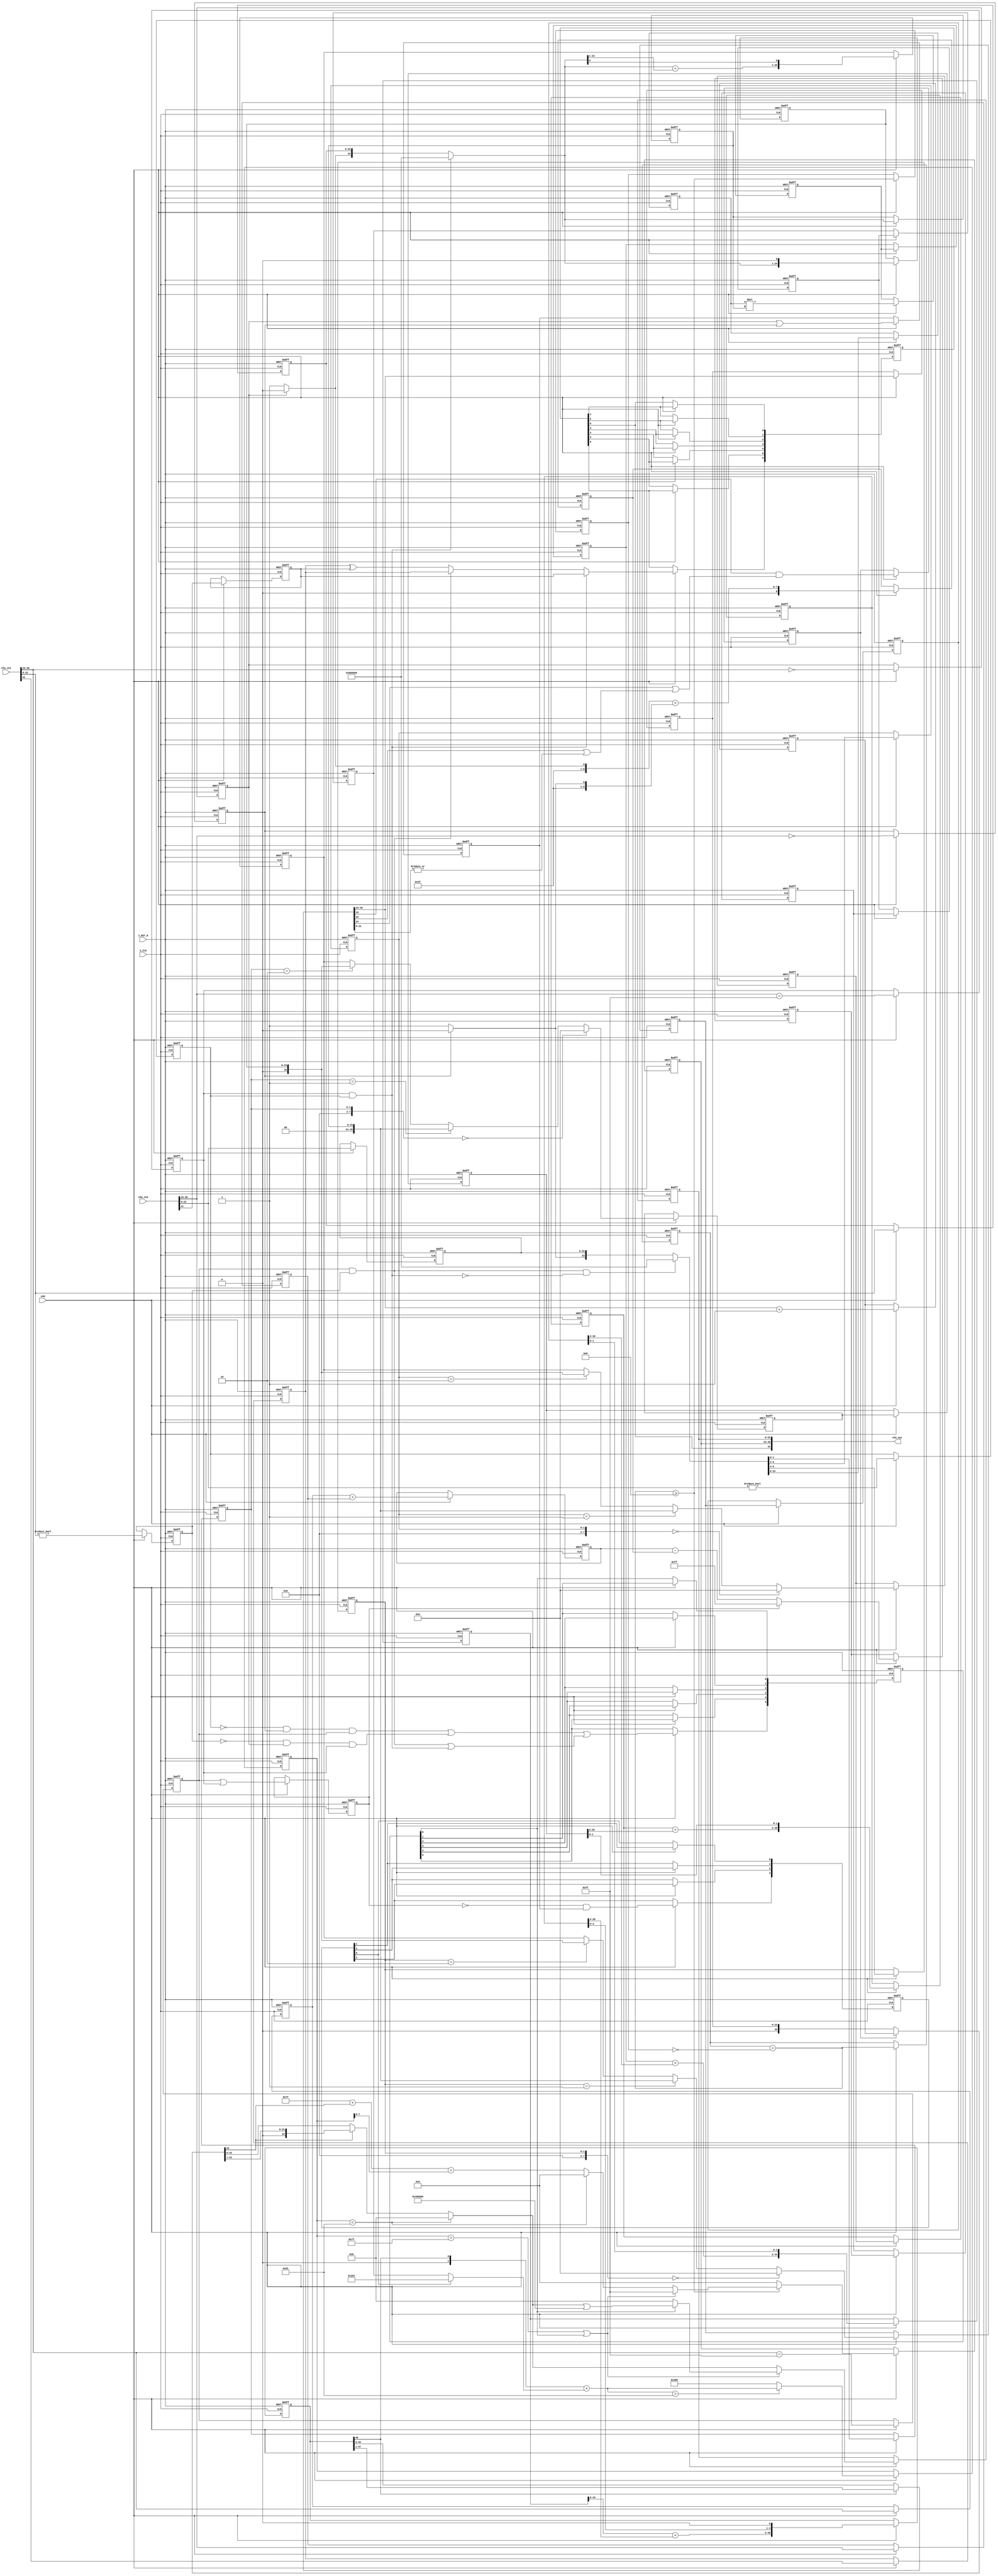
// -------------------------------------------------------------
// 
// 
// Generated by MATLAB 9.12 and HDL Coder 3.20
// 
// -------------------------------------------------------------


// -------------------------------------------------------------
// 
// Module: nfp_mul_single
// Source Path: Fload/CALC_MAGNITUDE_AND_PHASE_FLOAT_POINT/nfp_mul_single
// Hierarchy Level: 1
// 
// {Latency Strategy = "Max", Denormal Handling = "off"}
// {Mantissa Multiply Strategy = "PartMultiplierPartAddShift"}
// {Part Add Shift Multiplier Size = "18x24"}
// 
// -------------------------------------------------------------

`timescale 1 ns / 1 ns

module nfp_mul_single
          (I_CLK,
           I_RST_N,
           enb,
           nfp_in1,
           nfp_in2,
           nfp_out);


  input   I_CLK;
  input   I_RST_N;
  input   enb;
  input   [31:0] nfp_in1;  // ufix32
  input   [31:0] nfp_in2;  // ufix32
  output  [31:0] nfp_out;  // ufix32


  wire BS;  // ufix1
  wire [7:0] BE;  // ufix8
  wire [22:0] BM;  // ufix23
  wire Compare_To_Constant1_out1;
  reg  Delay16_out1;
  wire Compare_To_Zero3_out1;
  reg  Delay14_out1;
  wire Logical_Operator1_out1;
  wire AS;  // ufix1
  wire [7:0] AE;  // ufix8
  wire [22:0] AM;  // ufix23
  wire Compare_To_Constant_out1;
  reg  Delay21_out1;
  wire Compare_To_Zero2_out1;
  reg  Delay19_out1;
  wire Logical_Operator_out1;
  reg  Delay3_out1;
  reg  Delay7_out1;
  wire Logical_Operator_out1_1;
  wire Switch_out1;
  wire Switch1_out1;
  reg  [0:6] Delay_reg;  // ufix1 [7]
  wire [0:6] Delay_reg_next;  // ufix1 [7]
  wire Delay_out1;
  wire Constant8_out1;  // ufix1
  wire [7:0] Constant7_out1;  // uint8
  wire Relational_Operator_relop1;
  reg  Delay4_out1;
  wire Logical_Operator2_out1;
  wire Logical_Operator_out1_2;  // ufix1
  wire [7:0] Add_out1;  // uint8
  reg [7:0] Delay3_out1_1;  // uint8
  wire [7:0] Add_1;  // ufix8
  wire [7:0] Constant6_out1;  // uint8
  wire Logical_Operator3_out1;
  wire Compare_To_Zero1_out1;
  reg  Delay20_out1;
  wire Constant3_out1;  // ufix1
  wire Constant2_out1;  // ufix1
  wire Switch2_out1;  // ufix1
  wire Logical_Operator_out1_3;
  reg [22:0] Delay8_out1;  // ufix23
  wire [23:0] Bit_Concat1_out1;  // ufix24
  wire [23:0] Constant4_out1;  // ufix24
  wire [23:0] Switch3_out1;  // ufix24
  wire [17:0] BitSlice9_out1;  // ufix18
  reg [17:0] Delay24_out1;  // ufix18
  wire Compare_To_Zero_out1;
  reg  Delay23_out1;
  wire Constant1_out1;  // ufix1
  wire Constant_out1;  // ufix1
  wire Switch1_out1_1;  // ufix1
  reg [22:0] Delay6_out1;  // ufix23
  wire [23:0] Bit_Concat_out1;  // ufix24
  wire [23:0] Constant5_out1;  // ufix24
  wire [23:0] Switch_out1_1;  // ufix24
  reg [23:0] M_to_1_M_out1;  // ufix24
  wire [41:0] Product_out1;  // ufix42
  reg [41:0] Delay8_reg [0:1];  // ufix42 [2]
  wire [41:0] Delay8_reg_next [0:1];  // ufix42 [2]
  wire [41:0] Delay8_out1_1;  // ufix42
  wire [1:0] BitSlice5_out1;  // ufix2
  reg [1:0] Delay14_out1_1;  // ufix2
  wire [7:0] DTC6_out1;  // uint8
  wire [25:0] C1_out1;  // ufix26
  wire Constant1_out1_1;
  wire [24:0] Bit_Concat2_out1;  // ufix25
  wire [25:0] DTC6_out1_1;  // ufix26
  reg [24:0] Delay2_out1;  // ufix25
  wire [25:0] DTC4_out1;  // ufix26
  wire [22:0] Bit_Slice_out1;  // ufix23
  wire [31:0] Sum1_add_temp;  // ufix32
  wire [31:0] Sum1_1;  // ufix32
  wire [31:0] Sum1_2;  // ufix32
  wire [24:0] Sum1_out1;  // ufix25
  wire Bit_Slice1_out1;  // ufix1
  wire [25:0] Bit_Concat1_out1_1;  // ufix26
  reg [25:0] Delay3_out1_2;  // ufix26
  wire [25:0] LUT4_out1 [0:3];  // ufix26 [4]
  wire [25:0] Selector5_out1;  // ufix26
  reg [25:0] Delay6_reg [0:1];  // ufix26 [2]
  wire [25:0] Delay6_reg_next [0:1];  // ufix26 [2]
  wire [25:0] Delay6_out1_1;  // ufix26
  wire [23:0] Bit_Slice3_out1;  // ufix24
  wire [42:0] Sum2_1;  // ufix43
  wire [42:0] Sum2_2;  // ufix43
  wire [42:0] Sum2_out1;  // ufix43
  wire [1:0] Bit_Slice4_out1;  // ufix2
  wire [44:0] Bit_Concat4_out1;  // ufix45
  reg [44:0] Delay4_out1_1;  // ufix45
  wire [1:0] BitSlice4_out1;  // ufix2
  reg [1:0] Delay13_out1;  // ufix2
  wire [7:0] DTC7_out1;  // uint8
  wire [25:0] Selector4_out1;  // ufix26
  reg [25:0] Delay5_reg [0:1];  // ufix26 [2]
  wire [25:0] Delay5_reg_next [0:1];  // ufix26 [2]
  wire [25:0] Delay5_out1;  // ufix26
  wire [1:0] BitSlice1_out1;  // ufix2
  reg [1:0] Delay12_out1;  // ufix2
  wire [7:0] DTC8_out1;  // uint8
  wire [25:0] Selector3_out1;  // ufix26
  reg [25:0] Delay3_reg [0:1];  // ufix26 [2]
  wire [25:0] Delay3_reg_next [0:1];  // ufix26 [2]
  wire [25:0] Delay3_out1_3;  // ufix26
  wire [23:0] Bit_Slice1_out1_1;  // ufix24
  wire [31:0] Sum31_add_temp;  // ufix32
  wire [31:0] Sum31_1;  // ufix32
  wire [31:0] Sum31_2;  // ufix32
  wire [26:0] Sum31_out1;  // ufix27
  wire [1:0] Bit_Slice2_out1;  // ufix2
  wire [28:0] Bit_Concat3_out1;  // ufix29
  reg [28:0] Delay19_out1_1;  // ufix29
  wire [24:0] Bit_Slice5_out1;  // ufix25
  wire [45:0] FinalSum1_1;  // ufix46
  wire [45:0] FinalSum1_2;  // ufix46
  wire [45:0] FinalSum1_out1;  // ufix46
  wire [3:0] Bit_Slice6_out1;  // ufix4
  wire [49:0] Bit_Concat1_out1_2;  // ufix50
  wire [47:0] Data_Type_Conversion_out1;  // ufix48
  wire Constant1_out1_2;
  wire [48:0] Bit_Concat_out1_1;  // ufix49
  reg [48:0] Delay3_out1_4;  // ufix49
  wire Bit_Slice1_out1_2;  // ufix1
  wire Logical_Operator1_out1_1;
  reg  Delay3_out1_5;
  wire Logical_Operator3_out1_1;
  wire Logical_Operator_out1_4;
  reg  Delay1_out1;
  wire Logical_Operator2_out1_1;
  reg  [0:3] Delay8_reg_1;  // ufix1 [4]
  wire [0:3] Delay8_reg_next_1;  // ufix1 [4]
  wire Delay8_out1_2;
  reg [7:0] Delay4_out1_2;  // uint8
  reg [7:0] Delay5_out1_1;  // uint8
  wire [31:0] Subtract_add_temp;  // ufix32
  wire [31:0] Subtract_1;  // ufix32
  wire [31:0] Subtract_2;  // ufix32
  wire [8:0] Subtract_out1;  // ufix9
  reg [8:0] Delay_out1_1;  // ufix9
  wire [6:0] Constant2_out1_1;  // ufix7
  wire Constant1_out1_3;
  wire Constant3_out1_1;
  wire Switch_out1_2;
  wire [7:0] Bit_Concat1_out1_3;  // uint8
  wire Switch1_out1_2;
  wire [7:0] Bit_Concat_out1_2;  // uint8
  wire [31:0] Add1_add_temp;  // ufix32
  wire [31:0] Add1_1;  // ufix32
  wire [31:0] Add1_2;  // ufix32
  wire [8:0] Add1_out1;  // ufix9
  reg [8:0] Delay2_out1_1;  // ufix9
  wire signed [31:0] Subtract2_sub_temp;  // sfix32
  wire signed [31:0] Subtract2_1;  // sfix32
  wire signed [31:0] Subtract2_2;  // sfix32
  wire signed [9:0] Subtract2_out1;  // sfix10
  wire signed [9:0] Constant4_out1_1;  // sfix10
  wire signed [9:0] Switch2_out1_1;  // sfix10
  reg signed [9:0] Delay4_reg [0:3];  // sfix10 [4]
  wire signed [9:0] Delay4_reg_next [0:3];  // sfix10 [4]
  wire signed [9:0] Delay4_out1_3;  // sfix10
  wire signed [9:0] Constant_out1_1;  // sfix10
  wire signed [9:0] Switch1_out1_3;  // sfix10
  wire signed [31:0] Add_add_temp;  // sfix32
  wire signed [31:0] Add_3;  // sfix32
  wire signed [31:0] Add_4;  // sfix32
  wire signed [9:0] Add_out1_1;  // sfix10
  wire Compare_To_Constant_out1_1;
  wire signed [9:0] Constant1_out1_4;  // sfix10
  wire signed [9:0] Switch2_out1_2;  // sfix10
  reg signed [9:0] Delay18_out1;  // sfix10
  wire Compare_To_Constant1_out1_1;
  wire Logical_Operator1_out1_2;
  wire Logical_Operator4_out1;
  wire Logical_Operator7_out1;
  wire Logical_Operator5_out1;
  wire Logical_Operator6_out1;
  wire Logical_Operator8_out1;
  wire Inf_Zero_out1;
  wire Logical_Operator2_out1_2;
  wire Logical_Operator10_out1;
  reg  [0:5] Delay13_reg;  // ufix1 [6]
  wire [0:5] Delay13_reg_next;  // ufix1 [6]
  wire Delay13_out1_1;
  wire Logical_Operator_out1_5;
  wire Compare_To_Constant_out1_2;
  wire [7:0] Constant1_out1_5;  // uint8
  wire [48:0] Bit_Shift_out1;  // ufix49
  wire [48:0] Switch_out1_3;  // ufix49
  wire [47:0] Bit_Slice_out1_1;  // ufix48
  wire [1:0] Bit_Slice2_out1_1;  // ufix2
  wire Bit_Slice4_out1_1;  // ufix1
  wire [21:0] Bit_Slice1_out1_3;  // ufix22
  wire Bit_Reduce_out1;  // ufix1
  wire Bit_Slice5_out1_1;  // ufix1
  wire Bit_Slice3_out1_1;  // ufix1
  wire Logical_Operator1_out1_3;
  wire Logical_Operator_out1_6;
  wire [22:0] Bit_Slice1_out1_4;  // ufix23
  reg  Delay1_out1_1;
  reg [22:0] Delay2_out1_2;  // ufix23
  wire [23:0] Delay2_out1_dtc;  // ufix24
  wire Constant_out1_2;
  wire [31:0] Add_add_temp_1;  // ufix32
  wire [31:0] Add_6;  // ufix32
  wire [31:0] Add_7;  // ufix32
  wire [23:0] Add_out1_2;  // ufix24
  reg [23:0] Delay_out1_2;  // ufix24
  wire [23:0] Switch_out1_4;  // ufix24
  wire Bit_Slice2_out1_2;  // ufix1
  wire [31:0] Add1_add_temp_1;  // ufix32
  wire [31:0] Add1_4;  // ufix32
  wire [31:0] Add1_5;  // ufix32
  wire [7:0] Add1_out1_1;  // uint8
  wire signed [31:0] Add_add_temp_2;  // sfix32
  wire signed [31:0] Add_9;  // sfix32
  wire signed [31:0] Add_10;  // sfix32
  wire [7:0] Add_out1_3;  // uint8
  wire [7:0] Constant1_out1_6;  // uint8
  wire [7:0] Switch1_out1_4;  // uint8
  wire [7:0] Constant4_out1_2;  // uint8
  wire [7:0] Switch4_out1;  // uint8
  wire [7:0] Switch6_out1;  // uint8
  reg [7:0] Delay1_out1_2;  // uint8
  wire [22:0] Bit_Slice4_out1_2;  // ufix23
  wire [22:0] Bit_Shift_out1_1;  // ufix23
  wire [22:0] Switch1_out1_5;  // ufix23
  wire [22:0] Constant2_out1_2;  // ufix23
  wire [22:0] Switch2_out1_3;  // ufix23
  wire [22:0] Constant5_out1_1;  // ufix23
  wire [22:0] Bit_Set_out1;  // ufix23
  wire [22:0] Switch7_out1;  // ufix23
  wire [22:0] Switch5_out1;  // ufix23
  reg [22:0] Delay2_out1_3;  // ufix23
  wire [31:0] nfp_out_pack;  // ufix32


  // Split 32 bit word into FP sign, exponent, mantissa
  assign BS = nfp_in2[31];
  assign BE = nfp_in2[30:23];
  assign BM = nfp_in2[22:0];



  assign Compare_To_Constant1_out1 = BE == 8'b11111111;



  always @(posedge I_CLK or negedge I_RST_N)
    begin : Delay16_process
      if (I_RST_N == 1'b0) begin
        Delay16_out1 <= 1'b0;
      end
      else begin
        if (enb) begin
          Delay16_out1 <= Compare_To_Constant1_out1;
        end
      end
    end



  assign Compare_To_Zero3_out1 = BM != 23'b00000000000000000000000;



  always @(posedge I_CLK or negedge I_RST_N)
    begin : Delay14_process
      if (I_RST_N == 1'b0) begin
        Delay14_out1 <= 1'b0;
      end
      else begin
        if (enb) begin
          Delay14_out1 <= Compare_To_Zero3_out1;
        end
      end
    end



  assign Logical_Operator1_out1 = Delay16_out1 & Delay14_out1;



  // Split 32 bit word into FP sign, exponent, mantissa
  assign AS = nfp_in1[31];
  assign AE = nfp_in1[30:23];
  assign AM = nfp_in1[22:0];



  assign Compare_To_Constant_out1 = AE == 8'b11111111;



  always @(posedge I_CLK or negedge I_RST_N)
    begin : Delay21_process
      if (I_RST_N == 1'b0) begin
        Delay21_out1 <= 1'b0;
      end
      else begin
        if (enb) begin
          Delay21_out1 <= Compare_To_Constant_out1;
        end
      end
    end



  assign Compare_To_Zero2_out1 = AM != 23'b00000000000000000000000;



  always @(posedge I_CLK or negedge I_RST_N)
    begin : Delay19_process
      if (I_RST_N == 1'b0) begin
        Delay19_out1 <= 1'b0;
      end
      else begin
        if (enb) begin
          Delay19_out1 <= Compare_To_Zero2_out1;
        end
      end
    end



  assign Logical_Operator_out1 = Delay21_out1 & Delay19_out1;



  always @(posedge I_CLK or negedge I_RST_N)
    begin : Delay3_process
      if (I_RST_N == 1'b0) begin
        Delay3_out1 <= 1'b0;
      end
      else begin
        if (enb) begin
          Delay3_out1 <= AS;
        end
      end
    end



  always @(posedge I_CLK or negedge I_RST_N)
    begin : Delay7_process
      if (I_RST_N == 1'b0) begin
        Delay7_out1 <= 1'b0;
      end
      else begin
        if (enb) begin
          Delay7_out1 <= BS;
        end
      end
    end



  assign Logical_Operator_out1_1 = Delay3_out1 ^ Delay7_out1;



  assign Switch_out1 = (Logical_Operator_out1 == 1'b0 ? Logical_Operator_out1_1 :
              Delay3_out1);



  assign Switch1_out1 = (Logical_Operator1_out1 == 1'b0 ? Switch_out1 :
              Delay7_out1);



  always @(posedge I_CLK or negedge I_RST_N)
    begin : Delay_process
      if (I_RST_N == 1'b0) begin
        Delay_reg[0] <= 1'b0;
        Delay_reg[1] <= 1'b0;
        Delay_reg[2] <= 1'b0;
        Delay_reg[3] <= 1'b0;
        Delay_reg[4] <= 1'b0;
        Delay_reg[5] <= 1'b0;
        Delay_reg[6] <= 1'b0;
      end
      else begin
        if (enb) begin
          Delay_reg[0] <= Delay_reg_next[0];
          Delay_reg[1] <= Delay_reg_next[1];
          Delay_reg[2] <= Delay_reg_next[2];
          Delay_reg[3] <= Delay_reg_next[3];
          Delay_reg[4] <= Delay_reg_next[4];
          Delay_reg[5] <= Delay_reg_next[5];
          Delay_reg[6] <= Delay_reg_next[6];
        end
      end
    end

  assign Delay_out1 = Delay_reg[6];
  assign Delay_reg_next[0] = Switch1_out1;
  assign Delay_reg_next[1] = Delay_reg[0];
  assign Delay_reg_next[2] = Delay_reg[1];
  assign Delay_reg_next[3] = Delay_reg[2];
  assign Delay_reg_next[4] = Delay_reg[3];
  assign Delay_reg_next[5] = Delay_reg[4];
  assign Delay_reg_next[6] = Delay_reg[5];



  assign Constant8_out1 = 1'b1;



  assign Constant7_out1 = 8'b00001000;



  always @(posedge I_CLK or negedge I_RST_N)
    begin : Delay4_process
      if (I_RST_N == 1'b0) begin
        Delay4_out1 <= 1'b0;
      end
      else begin
        if (enb) begin
          Delay4_out1 <= Relational_Operator_relop1;
        end
      end
    end



  assign Logical_Operator2_out1 =  ~ Delay4_out1;



  assign Logical_Operator_out1_2 = Constant8_out1 & Logical_Operator2_out1;



  always @(posedge I_CLK or negedge I_RST_N)
    begin : Delay3_1_process
      if (I_RST_N == 1'b0) begin
        Delay3_out1_1 <= 8'b00000000;
      end
      else begin
        if (enb) begin
          Delay3_out1_1 <= Add_out1;
        end
      end
    end



  assign Add_1 = {7'b0, Logical_Operator_out1_2};
  assign Add_out1 = Delay3_out1_1 + Add_1;



  assign Relational_Operator_relop1 = Add_out1 >= Constant7_out1;



  assign Constant6_out1 = 8'b00000000;



  assign Logical_Operator3_out1 =  ~ Logical_Operator1_out1;



  assign Compare_To_Zero1_out1 = BE == 8'b00000000;



  always @(posedge I_CLK or negedge I_RST_N)
    begin : Delay20_process
      if (I_RST_N == 1'b0) begin
        Delay20_out1 <= 1'b0;
      end
      else begin
        if (enb) begin
          Delay20_out1 <= Compare_To_Zero1_out1;
        end
      end
    end



  assign Constant3_out1 = 1'b1;



  assign Constant2_out1 = 1'b0;



  assign Switch2_out1 = (Delay20_out1 == 1'b0 ? Constant3_out1 :
              Constant2_out1);



  assign Logical_Operator_out1_3 = Logical_Operator_out1 & Logical_Operator3_out1;



  always @(posedge I_CLK or negedge I_RST_N)
    begin : Delay8_process
      if (I_RST_N == 1'b0) begin
        Delay8_out1 <= 23'b00000000000000000000000;
      end
      else begin
        if (enb) begin
          Delay8_out1 <= BM;
        end
      end
    end



  assign Bit_Concat1_out1 = {Switch2_out1, Delay8_out1};



  assign Constant4_out1 = 24'b100000000000000000000000;



  assign Switch3_out1 = (Logical_Operator_out1_3 == 1'b0 ? Bit_Concat1_out1 :
              Constant4_out1);



  assign BitSlice9_out1 = Switch3_out1[23:6];



  always @(posedge I_CLK or negedge I_RST_N)
    begin : Delay24_process
      if (I_RST_N == 1'b0) begin
        Delay24_out1 <= 18'b000000000000000000;
      end
      else begin
        if (enb) begin
          Delay24_out1 <= BitSlice9_out1;
        end
      end
    end



  assign Compare_To_Zero_out1 = AE == 8'b00000000;



  always @(posedge I_CLK or negedge I_RST_N)
    begin : Delay23_process
      if (I_RST_N == 1'b0) begin
        Delay23_out1 <= 1'b0;
      end
      else begin
        if (enb) begin
          Delay23_out1 <= Compare_To_Zero_out1;
        end
      end
    end



  assign Constant1_out1 = 1'b1;



  assign Constant_out1 = 1'b0;



  assign Switch1_out1_1 = (Delay23_out1 == 1'b0 ? Constant1_out1 :
              Constant_out1);



  always @(posedge I_CLK or negedge I_RST_N)
    begin : Delay6_process
      if (I_RST_N == 1'b0) begin
        Delay6_out1 <= 23'b00000000000000000000000;
      end
      else begin
        if (enb) begin
          Delay6_out1 <= AM;
        end
      end
    end



  assign Bit_Concat_out1 = {Switch1_out1_1, Delay6_out1};



  assign Constant5_out1 = 24'b100000000000000000000000;



  assign Switch_out1_1 = (Logical_Operator1_out1 == 1'b0 ? Bit_Concat_out1 :
              Constant5_out1);



  always @(posedge I_CLK or negedge I_RST_N)
    begin : reduced_process
      if (I_RST_N == 1'b0) begin
        M_to_1_M_out1 <= 24'b000000000000000000000000;
      end
      else begin
        if (enb) begin
          M_to_1_M_out1 <= Switch_out1_1;
        end
      end
    end



  assign Product_out1 = Delay24_out1 * M_to_1_M_out1;



  always @(posedge I_CLK or negedge I_RST_N)
    begin : Delay8_1_process
      if (I_RST_N == 1'b0) begin
        Delay8_reg[0] <= 42'h00000000000;
        Delay8_reg[1] <= 42'h00000000000;
      end
      else begin
        if (enb) begin
          Delay8_reg[0] <= Delay8_reg_next[0];
          Delay8_reg[1] <= Delay8_reg_next[1];
        end
      end
    end

  assign Delay8_out1_1 = Delay8_reg[1];
  assign Delay8_reg_next[0] = Product_out1;
  assign Delay8_reg_next[1] = Delay8_reg[0];



  assign BitSlice5_out1 = Switch3_out1[5:4];



  always @(posedge I_CLK or negedge I_RST_N)
    begin : Delay14_1_process
      if (I_RST_N == 1'b0) begin
        Delay14_out1_1 <= 2'b00;
      end
      else begin
        if (enb) begin
          Delay14_out1_1 <= BitSlice5_out1;
        end
      end
    end



  assign DTC6_out1 = {6'b0, Delay14_out1_1};



  assign C1_out1 = 26'b00000000000000000000000000;



  assign Constant1_out1_1 = 1'b0;



  assign Bit_Concat2_out1 = {Switch_out1_1, Constant1_out1_1};



  assign DTC6_out1_1 = {2'b0, M_to_1_M_out1};



  always @(posedge I_CLK or negedge I_RST_N)
    begin : Delay2_process
      if (I_RST_N == 1'b0) begin
        Delay2_out1 <= 25'b0000000000000000000000000;
      end
      else begin
        if (enb) begin
          Delay2_out1 <= Bit_Concat2_out1;
        end
      end
    end



  assign DTC4_out1 = {1'b0, Delay2_out1};



  assign Bit_Slice_out1 = Switch_out1_1[23:1];



  assign Sum1_1 = {8'b0, Switch_out1_1};
  assign Sum1_2 = {9'b0, Bit_Slice_out1};
  assign Sum1_add_temp = Sum1_1 + Sum1_2;
  assign Sum1_out1 = Sum1_add_temp[24:0];



  assign Bit_Slice1_out1 = Switch_out1_1[0];



  assign Bit_Concat1_out1_1 = {Sum1_out1, Bit_Slice1_out1};



  always @(posedge I_CLK or negedge I_RST_N)
    begin : Delay3_2_process
      if (I_RST_N == 1'b0) begin
        Delay3_out1_2 <= 26'b00000000000000000000000000;
      end
      else begin
        if (enb) begin
          Delay3_out1_2 <= Bit_Concat1_out1_1;
        end
      end
    end



  assign LUT4_out1[0] = C1_out1;
  assign LUT4_out1[1] = DTC6_out1_1;
  assign LUT4_out1[2] = DTC4_out1;
  assign LUT4_out1[3] = Delay3_out1_2;

  assign Selector5_out1 = (DTC6_out1 == 8'b00000000 ? LUT4_out1[0] :
              (DTC6_out1 == 8'b00000001 ? LUT4_out1[1] :
              (DTC6_out1 == 8'b00000010 ? LUT4_out1[2] :
              LUT4_out1[3])));



  always @(posedge I_CLK or negedge I_RST_N)
    begin : Delay6_1_process
      if (I_RST_N == 1'b0) begin
        Delay6_reg[0] <= 26'b00000000000000000000000000;
        Delay6_reg[1] <= 26'b00000000000000000000000000;
      end
      else begin
        if (enb) begin
          Delay6_reg[0] <= Delay6_reg_next[0];
          Delay6_reg[1] <= Delay6_reg_next[1];
        end
      end
    end

  assign Delay6_out1_1 = Delay6_reg[1];
  assign Delay6_reg_next[0] = Selector5_out1;
  assign Delay6_reg_next[1] = Delay6_reg[0];



  assign Bit_Slice3_out1 = Delay6_out1_1[25:2];



  assign Sum2_1 = {1'b0, Delay8_out1_1};
  assign Sum2_2 = {19'b0, Bit_Slice3_out1};
  assign Sum2_out1 = Sum2_1 + Sum2_2;



  assign Bit_Slice4_out1 = Delay6_out1_1[1:0];



  assign Bit_Concat4_out1 = {Sum2_out1, Bit_Slice4_out1};



  always @(posedge I_CLK or negedge I_RST_N)
    begin : Delay4_1_process
      if (I_RST_N == 1'b0) begin
        Delay4_out1_1 <= 45'h000000000000;
      end
      else begin
        if (enb) begin
          Delay4_out1_1 <= Bit_Concat4_out1;
        end
      end
    end



  assign BitSlice4_out1 = Switch3_out1[3:2];



  always @(posedge I_CLK or negedge I_RST_N)
    begin : Delay13_process
      if (I_RST_N == 1'b0) begin
        Delay13_out1 <= 2'b00;
      end
      else begin
        if (enb) begin
          Delay13_out1 <= BitSlice4_out1;
        end
      end
    end



  assign DTC7_out1 = {6'b0, Delay13_out1};



  assign Selector4_out1 = (DTC7_out1 == 8'b00000000 ? LUT4_out1[0] :
              (DTC7_out1 == 8'b00000001 ? LUT4_out1[1] :
              (DTC7_out1 == 8'b00000010 ? LUT4_out1[2] :
              LUT4_out1[3])));



  always @(posedge I_CLK or negedge I_RST_N)
    begin : Delay5_process
      if (I_RST_N == 1'b0) begin
        Delay5_reg[0] <= 26'b00000000000000000000000000;
        Delay5_reg[1] <= 26'b00000000000000000000000000;
      end
      else begin
        if (enb) begin
          Delay5_reg[0] <= Delay5_reg_next[0];
          Delay5_reg[1] <= Delay5_reg_next[1];
        end
      end
    end

  assign Delay5_out1 = Delay5_reg[1];
  assign Delay5_reg_next[0] = Selector4_out1;
  assign Delay5_reg_next[1] = Delay5_reg[0];



  assign BitSlice1_out1 = Switch3_out1[1:0];



  always @(posedge I_CLK or negedge I_RST_N)
    begin : Delay12_process
      if (I_RST_N == 1'b0) begin
        Delay12_out1 <= 2'b00;
      end
      else begin
        if (enb) begin
          Delay12_out1 <= BitSlice1_out1;
        end
      end
    end



  assign DTC8_out1 = {6'b0, Delay12_out1};



  assign Selector3_out1 = (DTC8_out1 == 8'b00000000 ? LUT4_out1[0] :
              (DTC8_out1 == 8'b00000001 ? LUT4_out1[1] :
              (DTC8_out1 == 8'b00000010 ? LUT4_out1[2] :
              LUT4_out1[3])));



  always @(posedge I_CLK or negedge I_RST_N)
    begin : Delay3_3_process
      if (I_RST_N == 1'b0) begin
        Delay3_reg[0] <= 26'b00000000000000000000000000;
        Delay3_reg[1] <= 26'b00000000000000000000000000;
      end
      else begin
        if (enb) begin
          Delay3_reg[0] <= Delay3_reg_next[0];
          Delay3_reg[1] <= Delay3_reg_next[1];
        end
      end
    end

  assign Delay3_out1_3 = Delay3_reg[1];
  assign Delay3_reg_next[0] = Selector3_out1;
  assign Delay3_reg_next[1] = Delay3_reg[0];



  assign Bit_Slice1_out1_1 = Delay3_out1_3[25:2];



  assign Sum31_1 = {6'b0, Delay5_out1};
  assign Sum31_2 = {8'b0, Bit_Slice1_out1_1};
  assign Sum31_add_temp = Sum31_1 + Sum31_2;
  assign Sum31_out1 = Sum31_add_temp[26:0];



  assign Bit_Slice2_out1 = Delay3_out1_3[1:0];



  assign Bit_Concat3_out1 = {Sum31_out1, Bit_Slice2_out1};



  always @(posedge I_CLK or negedge I_RST_N)
    begin : Delay19_1_process
      if (I_RST_N == 1'b0) begin
        Delay19_out1_1 <= 29'b00000000000000000000000000000;
      end
      else begin
        if (enb) begin
          Delay19_out1_1 <= Bit_Concat3_out1;
        end
      end
    end



  assign Bit_Slice5_out1 = Delay19_out1_1[28:4];



  assign FinalSum1_1 = {1'b0, Delay4_out1_1};
  assign FinalSum1_2 = {21'b0, Bit_Slice5_out1};
  assign FinalSum1_out1 = FinalSum1_1 + FinalSum1_2;



  assign Bit_Slice6_out1 = Delay19_out1_1[3:0];



  assign Bit_Concat1_out1_2 = {FinalSum1_out1, Bit_Slice6_out1};



  assign Data_Type_Conversion_out1 = Bit_Concat1_out1_2[47:0];



  assign Constant1_out1_2 = 1'b0;



  assign Bit_Concat_out1_1 = {Data_Type_Conversion_out1, Constant1_out1_2};



  always @(posedge I_CLK or negedge I_RST_N)
    begin : Delay3_4_process
      if (I_RST_N == 1'b0) begin
        Delay3_out1_4 <= 49'h0000000000000;
      end
      else begin
        if (enb) begin
          Delay3_out1_4 <= Bit_Concat_out1_1;
        end
      end
    end



  assign Bit_Slice1_out1_2 = Delay3_out1_4[48];



  assign Logical_Operator1_out1_1 = Delay21_out1 | Delay16_out1;



  always @(posedge I_CLK or negedge I_RST_N)
    begin : Delay3_5_process
      if (I_RST_N == 1'b0) begin
        Delay3_out1_5 <= 1'b0;
      end
      else begin
        if (enb) begin
          Delay3_out1_5 <= Logical_Operator1_out1_1;
        end
      end
    end



  assign Logical_Operator3_out1_1 =  ~ Delay3_out1_5;



  assign Logical_Operator_out1_4 = Delay23_out1 | Delay20_out1;



  always @(posedge I_CLK or negedge I_RST_N)
    begin : Delay1_process
      if (I_RST_N == 1'b0) begin
        Delay1_out1 <= 1'b0;
      end
      else begin
        if (enb) begin
          Delay1_out1 <= Logical_Operator_out1_4;
        end
      end
    end



  assign Logical_Operator2_out1_1 = Logical_Operator3_out1_1 & Delay1_out1;



  always @(posedge I_CLK or negedge I_RST_N)
    begin : Delay8_2_process
      if (I_RST_N == 1'b0) begin
        Delay8_reg_1[0] <= 1'b0;
        Delay8_reg_1[1] <= 1'b0;
        Delay8_reg_1[2] <= 1'b0;
        Delay8_reg_1[3] <= 1'b0;
      end
      else begin
        if (enb) begin
          Delay8_reg_1[0] <= Delay8_reg_next_1[0];
          Delay8_reg_1[1] <= Delay8_reg_next_1[1];
          Delay8_reg_1[2] <= Delay8_reg_next_1[2];
          Delay8_reg_1[3] <= Delay8_reg_next_1[3];
        end
      end
    end

  assign Delay8_out1_2 = Delay8_reg_1[3];
  assign Delay8_reg_next_1[0] = Logical_Operator2_out1_1;
  assign Delay8_reg_next_1[1] = Delay8_reg_1[0];
  assign Delay8_reg_next_1[2] = Delay8_reg_1[1];
  assign Delay8_reg_next_1[3] = Delay8_reg_1[2];



  always @(posedge I_CLK or negedge I_RST_N)
    begin : Delay4_2_process
      if (I_RST_N == 1'b0) begin
        Delay4_out1_2 <= 8'b00000000;
      end
      else begin
        if (enb) begin
          Delay4_out1_2 <= AE;
        end
      end
    end



  always @(posedge I_CLK or negedge I_RST_N)
    begin : Delay5_1_process
      if (I_RST_N == 1'b0) begin
        Delay5_out1_1 <= 8'b00000000;
      end
      else begin
        if (enb) begin
          Delay5_out1_1 <= BE;
        end
      end
    end



  assign Subtract_1 = {24'b0, Delay4_out1_2};
  assign Subtract_2 = {24'b0, Delay5_out1_1};
  assign Subtract_add_temp = Subtract_1 + Subtract_2;
  assign Subtract_out1 = Subtract_add_temp[8:0];



  always @(posedge I_CLK or negedge I_RST_N)
    begin : Delay_1_process
      if (I_RST_N == 1'b0) begin
        Delay_out1_1 <= 9'b000000000;
      end
      else begin
        if (enb) begin
          Delay_out1_1 <= Subtract_out1;
        end
      end
    end



  assign Constant2_out1_1 = 7'b0111111;



  assign Constant1_out1_3 = 1'b1;



  assign Constant3_out1_1 = 1'b0;



  assign Switch_out1_2 = (Delay23_out1 == 1'b0 ? Constant1_out1_3 :
              Constant3_out1_1);



  assign Bit_Concat1_out1_3 = {Constant2_out1_1, Switch_out1_2};



  assign Switch1_out1_2 = (Delay20_out1 == 1'b0 ? Constant1_out1_3 :
              Constant3_out1_1);



  assign Bit_Concat_out1_2 = {Constant2_out1_1, Switch1_out1_2};



  assign Add1_1 = {24'b0, Bit_Concat1_out1_3};
  assign Add1_2 = {24'b0, Bit_Concat_out1_2};
  assign Add1_add_temp = Add1_1 + Add1_2;
  assign Add1_out1 = Add1_add_temp[8:0];



  always @(posedge I_CLK or negedge I_RST_N)
    begin : Delay2_1_process
      if (I_RST_N == 1'b0) begin
        Delay2_out1_1 <= 9'b000000000;
      end
      else begin
        if (enb) begin
          Delay2_out1_1 <= Add1_out1;
        end
      end
    end



  assign Subtract2_1 = {23'b0, Delay_out1_1};
  assign Subtract2_2 = {23'b0, Delay2_out1_1};
  assign Subtract2_sub_temp = Subtract2_1 - Subtract2_2;
  assign Subtract2_out1 = Subtract2_sub_temp[9:0];



  assign Constant4_out1_1 = 10'sb0011111111;



  assign Switch2_out1_1 = (Delay3_out1_5 == 1'b0 ? Subtract2_out1 :
              Constant4_out1_1);



  always @(posedge I_CLK or negedge I_RST_N)
    begin : Delay4_3_process
      if (I_RST_N == 1'b0) begin
        Delay4_reg[0] <= 10'sb0000000000;
        Delay4_reg[1] <= 10'sb0000000000;
        Delay4_reg[2] <= 10'sb0000000000;
        Delay4_reg[3] <= 10'sb0000000000;
      end
      else begin
        if (enb) begin
          Delay4_reg[0] <= Delay4_reg_next[0];
          Delay4_reg[1] <= Delay4_reg_next[1];
          Delay4_reg[2] <= Delay4_reg_next[2];
          Delay4_reg[3] <= Delay4_reg_next[3];
        end
      end
    end

  assign Delay4_out1_3 = Delay4_reg[3];
  assign Delay4_reg_next[0] = Switch2_out1_1;
  assign Delay4_reg_next[1] = Delay4_reg[0];
  assign Delay4_reg_next[2] = Delay4_reg[1];
  assign Delay4_reg_next[3] = Delay4_reg[2];



  assign Constant_out1_1 = 10'sb1000000001;



  assign Switch1_out1_3 = (Delay8_out1_2 == 1'b0 ? Delay4_out1_3 :
              Constant_out1_1);



  assign Add_3 = {31'b0, Bit_Slice1_out1_2};
  assign Add_4 = {{22{Switch1_out1_3[9]}}, Switch1_out1_3};
  assign Add_add_temp = Add_3 + Add_4;
  assign Add_out1_1 = Add_add_temp[9:0];



  assign Compare_To_Constant_out1_1 = Add_out1_1 > 10'sb1110000001;



  assign Constant1_out1_4 = 10'sb1110000000;



  assign Switch2_out1_2 = (Compare_To_Constant_out1_1 == 1'b0 ? Constant1_out1_4 :
              Add_out1_1);



  always @(posedge I_CLK or negedge I_RST_N)
    begin : Delay18_process
      if (I_RST_N == 1'b0) begin
        Delay18_out1 <= 10'sb0000000000;
      end
      else begin
        if (enb) begin
          Delay18_out1 <= Switch2_out1_2;
        end
      end
    end



  assign Compare_To_Constant1_out1_1 = Delay18_out1 > 10'sb0001111111;



  assign Logical_Operator1_out1_2 =  ~ Delay14_out1;



  assign Logical_Operator4_out1 = Logical_Operator1_out1_2 & Delay20_out1;



  assign Logical_Operator7_out1 = Logical_Operator4_out1 & Delay21_out1;



  assign Logical_Operator5_out1 =  ~ Delay19_out1;



  assign Logical_Operator6_out1 = Logical_Operator5_out1 & Delay23_out1;



  assign Logical_Operator8_out1 = Logical_Operator6_out1 & Delay16_out1;



  assign Inf_Zero_out1 = Logical_Operator7_out1 | Logical_Operator8_out1;



  assign Logical_Operator2_out1_2 = Logical_Operator_out1 | Logical_Operator1_out1;



  assign Logical_Operator10_out1 = Inf_Zero_out1 | Logical_Operator2_out1_2;



  always @(posedge I_CLK or negedge I_RST_N)
    begin : Delay13_1_process
      if (I_RST_N == 1'b0) begin
        Delay13_reg[0] <= 1'b0;
        Delay13_reg[1] <= 1'b0;
        Delay13_reg[2] <= 1'b0;
        Delay13_reg[3] <= 1'b0;
        Delay13_reg[4] <= 1'b0;
        Delay13_reg[5] <= 1'b0;
      end
      else begin
        if (enb) begin
          Delay13_reg[0] <= Delay13_reg_next[0];
          Delay13_reg[1] <= Delay13_reg_next[1];
          Delay13_reg[2] <= Delay13_reg_next[2];
          Delay13_reg[3] <= Delay13_reg_next[3];
          Delay13_reg[4] <= Delay13_reg_next[4];
          Delay13_reg[5] <= Delay13_reg_next[5];
        end
      end
    end

  assign Delay13_out1_1 = Delay13_reg[5];
  assign Delay13_reg_next[0] = Logical_Operator10_out1;
  assign Delay13_reg_next[1] = Delay13_reg[0];
  assign Delay13_reg_next[2] = Delay13_reg[1];
  assign Delay13_reg_next[3] = Delay13_reg[2];
  assign Delay13_reg_next[4] = Delay13_reg[3];
  assign Delay13_reg_next[5] = Delay13_reg[4];



  assign Logical_Operator_out1_5 = Compare_To_Constant1_out1_1 | Delay13_out1_1;



  assign Compare_To_Constant_out1_2 = Delay18_out1 < 10'sb1110000001;



  assign Constant1_out1_5 = 8'b01111111;



  assign Bit_Shift_out1 = Delay3_out1_4 >> 8'd1;



  assign Switch_out1_3 = (Bit_Slice1_out1_2 == 1'b0 ? Delay3_out1_4 :
              Bit_Shift_out1);



  assign Bit_Slice_out1_1 = Switch_out1_3[47:0];



  assign Bit_Slice2_out1_1 = Bit_Slice_out1_1[23:22];



  assign Bit_Slice4_out1_1 = Bit_Slice2_out1_1[0];



  assign Bit_Slice1_out1_3 = Bit_Slice_out1_1[21:0];



  assign Bit_Reduce_out1 = (|Bit_Slice1_out1_3[21:0]);



  assign Bit_Slice5_out1_1 = Bit_Slice2_out1_1[1];



  assign Bit_Slice3_out1_1 = Bit_Slice_out1_1[24];



  assign Logical_Operator1_out1_3 = Bit_Slice3_out1_1 | (Bit_Slice4_out1_1 | Bit_Reduce_out1);



  assign Logical_Operator_out1_6 = Bit_Slice5_out1_1 & Logical_Operator1_out1_3;



  assign Bit_Slice1_out1_4 = Bit_Slice_out1_1[46:24];



  always @(posedge I_CLK or negedge I_RST_N)
    begin : Delay1_1_process
      if (I_RST_N == 1'b0) begin
        Delay1_out1_1 <= 1'b0;
      end
      else begin
        if (enb) begin
          Delay1_out1_1 <= Logical_Operator_out1_6;
        end
      end
    end



  always @(posedge I_CLK or negedge I_RST_N)
    begin : Delay2_2_process
      if (I_RST_N == 1'b0) begin
        Delay2_out1_2 <= 23'b00000000000000000000000;
      end
      else begin
        if (enb) begin
          Delay2_out1_2 <= Bit_Slice1_out1_4;
        end
      end
    end



  assign Delay2_out1_dtc = {1'b0, Delay2_out1_2};



  assign Constant_out1_2 = 1'b1;



  assign Add_6 = {9'b0, Bit_Slice1_out1_4};
  assign Add_7 = {31'b0, Constant_out1_2};
  assign Add_add_temp_1 = Add_6 + Add_7;
  assign Add_out1_2 = Add_add_temp_1[23:0];



  always @(posedge I_CLK or negedge I_RST_N)
    begin : Delay_2_process
      if (I_RST_N == 1'b0) begin
        Delay_out1_2 <= 24'b000000000000000000000000;
      end
      else begin
        if (enb) begin
          Delay_out1_2 <= Add_out1_2;
        end
      end
    end



  assign Switch_out1_4 = (Delay1_out1_1 == 1'b0 ? Delay2_out1_dtc :
              Delay_out1_2);



  assign Bit_Slice2_out1_2 = Switch_out1_4[23];



  assign Add1_4 = {24'b0, Constant1_out1_5};
  assign Add1_5 = {31'b0, Bit_Slice2_out1_2};
  assign Add1_add_temp_1 = Add1_4 + Add1_5;
  assign Add1_out1_1 = Add1_add_temp_1[7:0];



  assign Add_9 = {24'b0, Add1_out1_1};
  assign Add_10 = {{22{Delay18_out1[9]}}, Delay18_out1};
  assign Add_add_temp_2 = Add_9 + Add_10;
  assign Add_out1_3 = Add_add_temp_2[7:0];



  assign Constant1_out1_6 = 8'b00000000;



  assign Switch1_out1_4 = (Compare_To_Constant_out1_2 == 1'b0 ? Add_out1_3 :
              Constant1_out1_6);



  assign Constant4_out1_2 = 8'b11111111;



  assign Switch4_out1 = (Logical_Operator_out1_5 == 1'b0 ? Switch1_out1_4 :
              Constant4_out1_2);



  assign Switch6_out1 = (Relational_Operator_relop1 == 1'b0 ? Constant6_out1 :
              Switch4_out1);



  always @(posedge I_CLK or negedge I_RST_N)
    begin : Delay1_2_process
      if (I_RST_N == 1'b0) begin
        Delay1_out1_2 <= 8'b00000000;
      end
      else begin
        if (enb) begin
          Delay1_out1_2 <= Switch6_out1;
        end
      end
    end



  assign Bit_Slice4_out1_2 = Switch_out1_4[22:0];



  assign Bit_Shift_out1_1 = Bit_Slice4_out1_2 >> 8'd1;



  assign Switch1_out1_5 = (Bit_Slice2_out1_2 == 1'b0 ? Bit_Slice4_out1_2 :
              Bit_Shift_out1_1);



  assign Constant2_out1_2 = 23'b00000000000000000000000;



  assign Switch2_out1_3 = (Compare_To_Constant_out1_2 == 1'b0 ? Switch1_out1_5 :
              Constant2_out1_2);



  assign Constant5_out1_1 = 23'b00000000000000000000000;



  assign Bit_Set_out1 = Switch2_out1_3 | 23'b10000000000000000000000;



  assign Switch7_out1 = (Delay13_out1_1 == 1'b0 ? Constant5_out1_1 :
              Bit_Set_out1);



  assign Switch5_out1 = (Logical_Operator_out1_5 == 1'b0 ? Switch2_out1_3 :
              Switch7_out1);



  always @(posedge I_CLK or negedge I_RST_N)
    begin : Delay2_3_process
      if (I_RST_N == 1'b0) begin
        Delay2_out1_3 <= 23'b00000000000000000000000;
      end
      else begin
        if (enb) begin
          Delay2_out1_3 <= Switch5_out1;
        end
      end
    end



  // Combine FP sign, exponent, mantissa into 32 bit word
  assign nfp_out_pack = {Delay_out1, Delay1_out1_2, Delay2_out1_3};



  assign nfp_out = nfp_out_pack;

endmodule  // nfp_mul_single